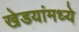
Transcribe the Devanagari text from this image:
खेडयांमध्ये